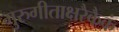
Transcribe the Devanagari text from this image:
गुरुगीताक्षरैकैकं